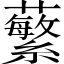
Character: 蘩